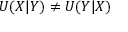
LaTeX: U ( X | Y ) \neq U ( Y | X )